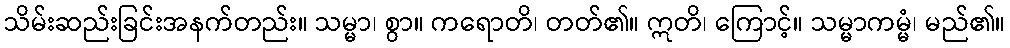
သိမ်းဆည်းခြင်းအနက်တည်း။ သမ္မာ၊ စွာ။ ကရောတိ၊ တတ်၏။ ဣတိ၊ ကြောင့်။ သမ္မာကမ္မံ၊ မည်၏။